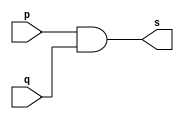
// --------------------- 
// Exemplo0013 - AND 
// Nome: Rafael Tadeu Cmapos de Medeiros 
// --------------------- 
// --------------------- 
// -- and gate 
// --------------------- 
module andgate (output s, 
input  p, q); 
assign s = p & q; 
endmodule // andgate
// --------------------- 
// -- test and gate 
// --------------------- 
module testandgate; 
// ------------------------- dados locais 
reg  a,b,c; // definir registrador 
wire s1, s2; // definir conexao (fio) 
// ------------------------- instancia 
andgate AND1 (s1, a, b); 
andgate AND2 (s2, s1, c);
// ------------------------- preparacao 
initial begin:start 
a=0; b=0; c=0;

end 
// ------------------------- parte principal 
initial begin:main 
$display("Exemplo0013 - Rafael Tadeu - 451609"); 
$display("Test AND gate"); 
$display("\n (a & b) & c  = s\n"); 
$monitor("((%b & %b) & %b) = %b", a, b, c, s2); 
#1 a=0; b=0; c=0;
#1 a=0; b=0; c=1;
#1 a=0; b=1; c=0;
#1 a=0; b=1; c=1;
#1 a=1; b=0; c=0;
#1 a=1; b=0; c=1;
#1 a=1; b=1; c=0;
#1 a=1; b=1; c=1;

end
endmodule // testandgate
//
 //Exemplo0013 - Rafael Tadeu - 451609
    //Test AND gate
    //
    // (a & b) & c  = s
    //
    //((0 & 0) & 0) = 0
    //((0 & 0) & 1) = 0
    //((0 & 1) & 0) = 0
    //((0 & 1) & 1) = 0
    //((1 & 0) & 0) = 0
    //((1 & 0) & 1) = 0
    //((1 & 1) & 0) = 0
    //((1 & 1) & 1) = 1